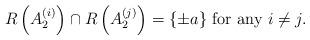
LaTeX: \begin{align*}R\left(A_2^{(i)}\right) \cap R\left(A_2^{(j)}\right) = \{\pm a\} \textrm{ for any }i \neq j.\end{align*}